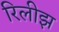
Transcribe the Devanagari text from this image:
रिलीझ